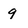
Character: q